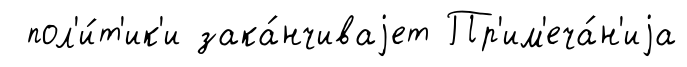
пол'и́т'ик'и зака́нчиваjет Пр'им'еча́н'иjа